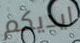
ايديكم